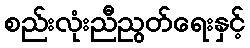
စည်းလုံးညီညွတ်ရေးနှင့်